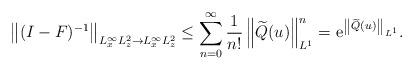
LaTeX: \begin{align*}\left\|(I-F)^{-1}\right\|_{L_x^{\infty} L_z^2\rightarrow L_x^{\infty} L_z^2} \leq \sum_{n=0}^{\infty}\frac{1}{n!}\left\|\widetilde{Q}(u)\right\|_{L^1}^n=\mathrm{e}^{\left\|\widetilde{Q}(u)\right\|_{L^1}}.\end{align*}